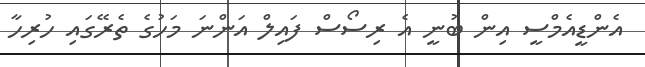
އެންޑީއެމްސީ އިން ބުނީ އެ ރިސޯސް ފައިލް އަންނަ މަހުގެ ތެރޭގައި ހުރިހާ